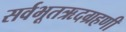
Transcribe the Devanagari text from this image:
सर्वभूतऋदग्रहणी